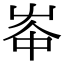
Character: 𡴑